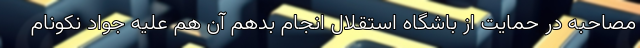
مصاحبه در حمایت از باشگاه استقلال انجام بدهم آن هم علیه جواد نکونام